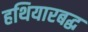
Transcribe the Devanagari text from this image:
हथियारबद्ध